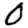
Digit: 0